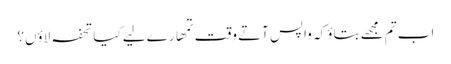
اب تم مجھے بتاؤ کہ واپس آتے وقت تمھارے لیے کیا تحفہ لاؤں؟